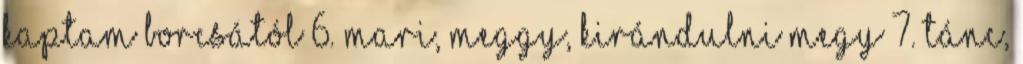
kaptam Borcsától 6. Mari, meggy, kirándulni megy 7. Tánc,